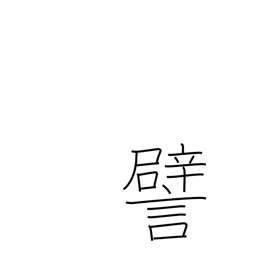
Meaning: illustrate